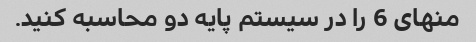
منهای 6 را در سیستم پایه دو محاسبه کنید.